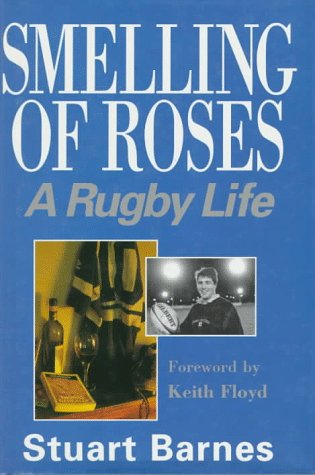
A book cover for Smelling of Roses: A Rugby Life; Stuart Barnes; Sports & Outdoors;